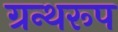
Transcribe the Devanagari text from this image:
ग्रन्थरूप